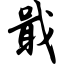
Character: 戢